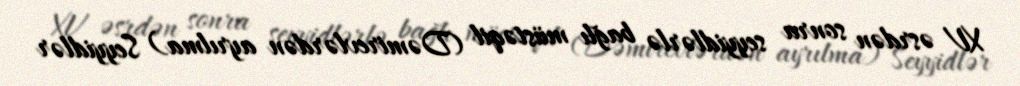
XV əsrdən sonra seyyidlərlə bağlı müstəqil (Dəmirevlərdən ayrılma) Seyyidlər